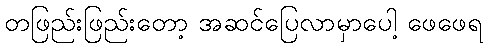
တဖြည်းဖြည်းတော့ အဆင်ပြေလာမှာပေါ့ ဖေဖေရ